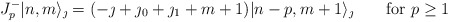
\begin{align*} J^-_p|n,m\rangle_{\jmath}=(-\jmath+\jmath_0+\jmath_1+m+1) |n-p,m+1 \rangle_{\jmath}\qquad \mbox{for $p \geq 1$}\end{align*}